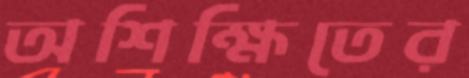
অশিক্ষিতের